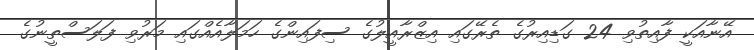
އޭނާއަކީ ފާއިތުވި 24 ގަޑިއިރުގެ ތެރޭގައި އިޒްރާއީލުގެ ސިފައިންގެ ހަމަލާއެއްގައި މަރުވި ފަލަސްތީނުގެ